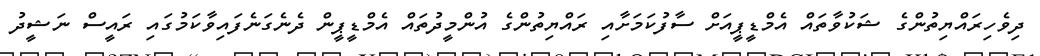
ދިވެހިރައްޔިތުންގެ ޝަކުވާތައް އެމްޑީޕީއަށް ސާފުކަމަށާއި ރައްޔިތުންގެ އުންމީދުތައް އެމްޑީޕީން ދެނެގަނެފައިވާކަމުގައި ރައީސް ނަޝީދު